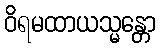
ဝိရမထာယသ္မန္တော